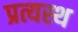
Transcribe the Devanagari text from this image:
प्रत्यस्थ